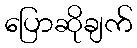
ပြောဆိုချက်